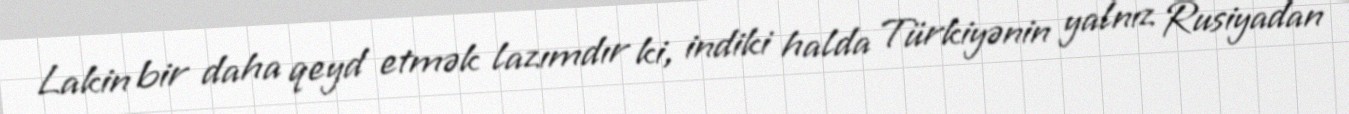
Lakin bir daha qeyd etmək lazımdır ki, indiki halda Türkiyənin yalnız Rusiyadan